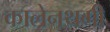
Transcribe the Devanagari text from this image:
कालेनथगी